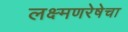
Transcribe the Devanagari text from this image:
लक्ष्मणरेषेचा